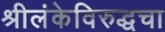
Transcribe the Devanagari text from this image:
श्रीलंकेविरुद्धचा